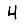
Digit: 4